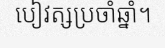
បៀវត្សប្រចាំឆ្នាំ។